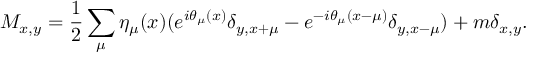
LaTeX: M _ { x , y } = \frac { 1 } { 2 } \sum _ { \mu } \eta _ { \mu } ( x ) ( e ^ { i \theta _ { \mu } ( x ) } \delta _ { y , x + \mu } - e ^ { - i \theta _ { \mu } ( x - \mu ) } \delta _ { y , x - \mu } ) + m \delta _ { x , y } .